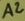
Text: A2